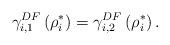
LaTeX: \begin{align*}\gamma _{i,1}^{DF}\left(\rho_i^*\right) = \gamma _{i,2}^{DF}\left(\rho_i^*\right).\end{align*}